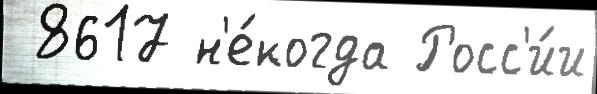
 8617 н'е́когда Росс'и́и